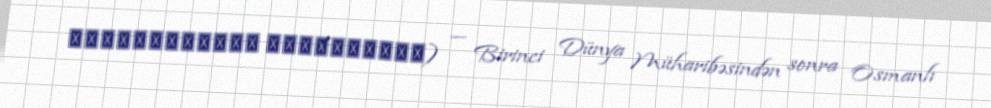
Μικρασιατική εκστρατεία) — Birinci Dünya Müharibəsindən sonra Osmanlı